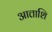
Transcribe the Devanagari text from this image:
आत्ताशि